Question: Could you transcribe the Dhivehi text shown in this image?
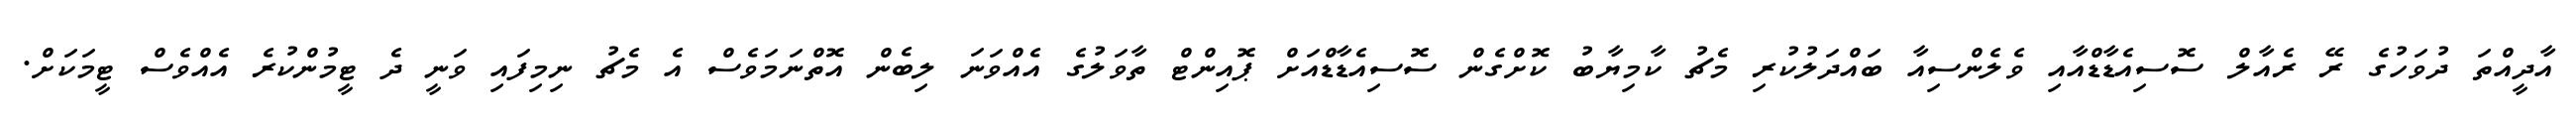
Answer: އާދީއްތަ ދުވަހުގެ ރޭ ރެއާލް ސޮސިއެޑާޑްއާއި ވެލެންސިއާ ބައްދަލުކުރި މެޗު ކާމިޔާބު ކޮށްގެން ސޮސިއެޑާޑްއަށް ޕޮއިންޓް ތާވަލުގެ އެއްވަނަ ލިބެން އޮތްނަމަވެސް އެ މެޗު ނިމިފައި ވަނީ ދެ ޓީމުންކުރެ އެއްވެސް ޓީމަކަށް.